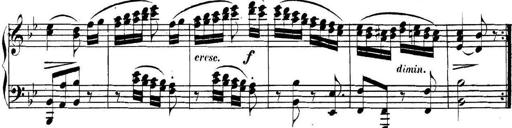
Title: Collected Piano Sonatas
Composer: Muzio Clementi